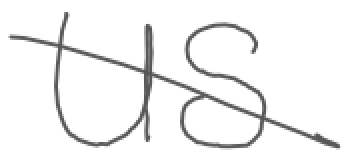
Text: US
Cross-out: diagonal
Writing tool: digital_gray